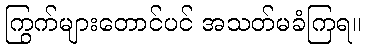
ကြွက်များတောင်ပင် အသတ်မခံကြရ။